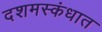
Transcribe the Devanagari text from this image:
दशमस्कंधात